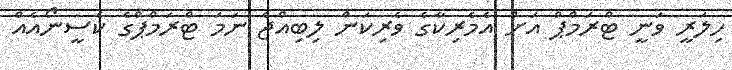
ހިލަރީ ވަނީ ޓްރަމްޕް އަށް އެމެރިކާގެ ވެރިކަން ލިބިއްޖެ ނަމަ ޓްރަމްޕްގެ ކެސީނޯއެއް